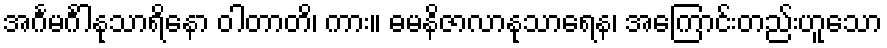
အင်္ဂမင်္ဂါနုသာရိနော ဝါတာတိ၊ ကား။ ဓမနိဇာလာနုသာရေန၊ အကြောင်းတည်းဟူသော